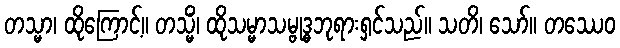
တသ္မာ၊ ထိုကြောင့်။ တသ္မိံ၊ ထိုသမ္မာသမ္ဗုဒ္ဓဘုရားရှင်သည်။ သတိ၊ သော်။ တဿေဝ